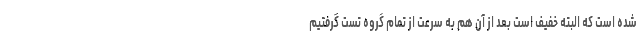
شده است که البته خفیف است بعد از آن هم به سرعت از تمام گروه تست گرفتیم